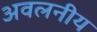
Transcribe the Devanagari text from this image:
अवलनीय